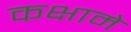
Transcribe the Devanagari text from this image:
कक्षामे